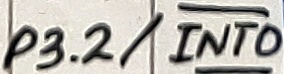
Text: P3.2/INT0